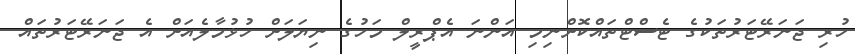
ހުރި ޖަނަރޭޓަރުތަކުގެ ޓެސްޓްތައްކޮށްނިމި އަންނަ އެޕްރީލް މަހުގެ ނިޔަލަށް ހުޅުމާލެއަށް އެ ޖަނަރޭޓަރުތައް